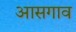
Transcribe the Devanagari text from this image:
आसगाव